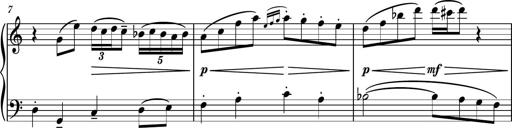
Title: Piano Sonatina No.3
Composer: Dimitri Sykias
Key: C major